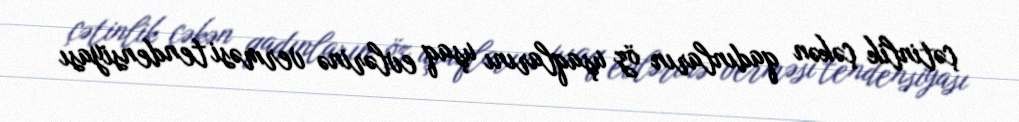
çətinlik çəkən qadınların öz uşaqlarını uşaq evlərinə verməsi tendensiyası